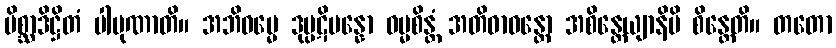
မိစ္ဆာဒိဋ္ဌိတံ ပါပုဏာတိ။ အဘိဓမ္မေ ဒုပ္ပဋိပန္နော ဓမ္မစိန္တံ အတိဓာဝန္တော အစိန္တေယျာနိပိ စိန္တေတိ။ တတော